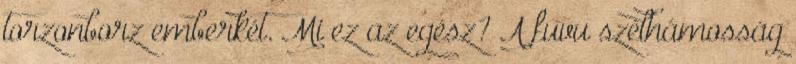
torzonborz emberkét. Mi ez az egész? A fuvu szélhámosság